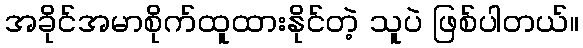
အခိုင်အမာစိုက်ထူထားနိုင်တဲ့ သူပဲ ဖြစ်ပါတယ်။